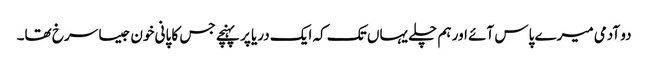
دو آدمی میرے پاس آئے اور ہم چلے یہاں تک کہ ایک دریا پر پہنچے جس کا پانی خون جیسا سرخ تھا۔